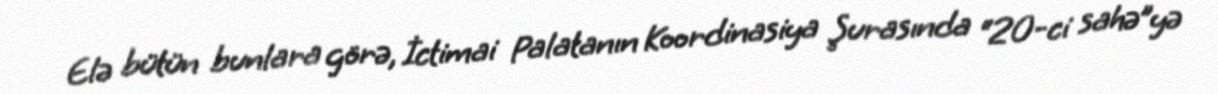
Elə bütün bunlara görə, İctimai Palatanın Koordinasiya Şurasında “20-ci sahə”yə